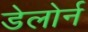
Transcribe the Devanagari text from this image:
डेलोर्न